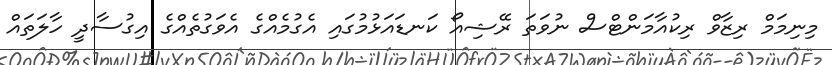
މިނިމަމް ރިޒާވް ރިކުއާމަންޓްސް ނުވަތަ ރޭޝިއޯ ކަނޑައަޅުމުގައި އެގުމެއްގެ އެވަގުތެއްގެ އިގުސާދީ ހާލަތައް